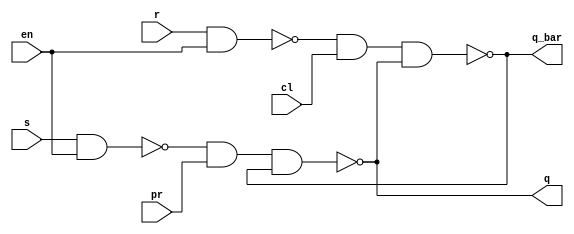
// ---------------------
// AC1 - 13/10/2010
//	Guia 10 - v 0.1
//
// Nome: Gustavo Guimares
// ---------------------

//----------------------
//-- Latch SR ( NAND )
//----------------------
module latchSRNand ( q, q_bar, s, r, en, pr, cl );
	output q, q_bar;
	input  s, r, en, pr, cl;
	
	wire aux1, aux2;
	
	nand NAND1 ( aux1, s, en ); 
	nand NAND2 ( aux2, r, en );	
	nand NAND3 ( q, aux1, pr, q_bar );
	nand NAND4 ( q_bar, aux2, cl, q );
	
endmodule

//-----------------------
//-- TESTE
//-----------------------
module testeLatch;
	
	wire      q, q_bar;
	reg       s, r, en, pr, cl;
	
	latchSRNand L1 ( q, q_bar, s, r, en, pr, cl );
	
	initial begin
		
		$display ("Guia 10 - Gustavo Guimaraes - 405804");
		$display ("\nLatch SR NAND\n");
		$display ("s  r   en   pr  cl =  q   q_bar" );
		$monitor("%b  %b   %b    %b    %b =  %b    %b",s, r, en, pr, cl, q, q_bar);
	#1	s = 0; r = 0; en = 0; pr = 0; cl = 0;
	#1 s = 0; r = 0; en = 0; pr = 0; cl = 1;
	#1 s = 0; r = 0; en = 0; pr = 1; cl = 0;
	#1 s = 0; r = 0; en = 0; pr = 1; cl = 1; 
	#1	s = 0; r = 1; en = 1; pr = 0; cl = 1;
	#1	s = 1; r = 0; en = 1; pr = 1; cl = 0;
	#1	s = 0; r = 0; en = 1; pr = 1; cl = 1;
	#1	s = 0; r = 1; en = 1; pr = 1; cl = 1;
	#1	s = 1; r = 0; en = 1; pr = 1; cl = 1;
	#1	s = 1; r = 1; en = 1; pr = 1; cl = 1;
		
	end	

endmodule